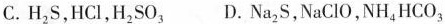
C.H_{2}S,HCl,H_{2}SO_{3}D.Na _{2}S,NaClO,NH_{4}HCO_{3}